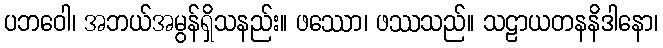
ပဘဝေါ၊ အဘယ်အမွန်ရှိသနည်း။ ဖဿော၊ ဖဿသည်။ သဠာယတနနိဒါနော၊